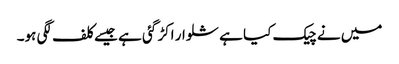
میں نے چیک کیا ہے شلوار اکڑ گئی ہے جیسے کلف لگی ہو۔